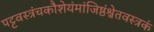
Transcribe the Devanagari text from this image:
पट्टवस्त्रंचकौशेयंमांजिष्ठंश्वेतवस्त्रकं